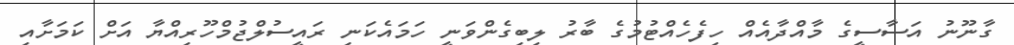
ގާނޫނު އަސާސީގެ މާއްދާއެއް ހިފެހެއްޓުމުގެ ބާރު ލިބިގެންވަނީ ހަމައެކަނި ރައީސުލްޖުމްހޫރިއްޔާ އަށް ކަމަށާއި